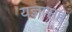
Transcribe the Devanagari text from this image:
यज्ञासह